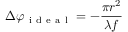
\Delta \varphi _ { \mathrm { ~ i ~ d ~ e ~ a ~ l ~ } } = - \frac { \pi r ^ { 2 } } { \lambda f }